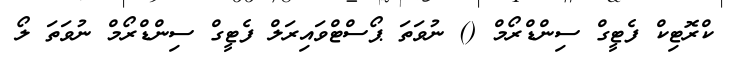
ކްރޮޓިކް ފެޓީގް ސިންޑްރޯމް () ނުވަތަ ޕޯސްޓްވައިރަލް ފެޓީގް ސިންޑްރޯމް ނުވަތަ ލޯ